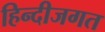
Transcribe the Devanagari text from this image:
हिन्दीजगत